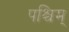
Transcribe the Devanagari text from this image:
पश्चिम्